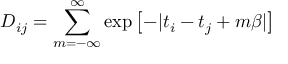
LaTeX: D _ { i j } = \sum _ { m = - \infty } ^ { \infty } \exp \left[ - | t _ { i } - t _ { j } + m \beta | \right]